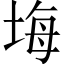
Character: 㙁